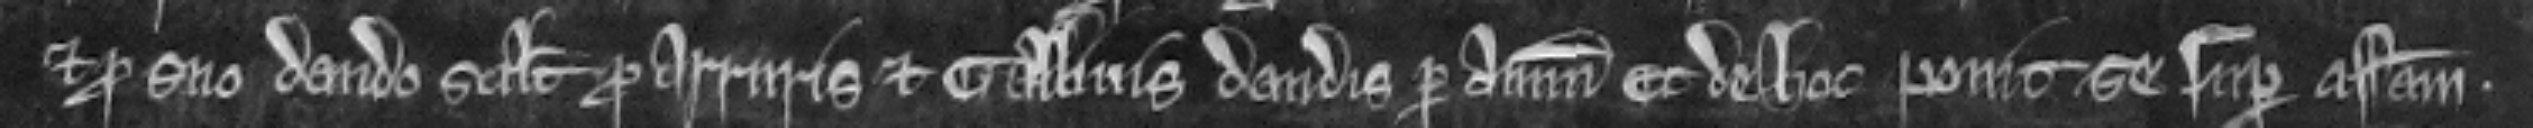
et pro suo dando scilicet pro arruris et gallinis dandis per annum et de hoc ponit se super assisam